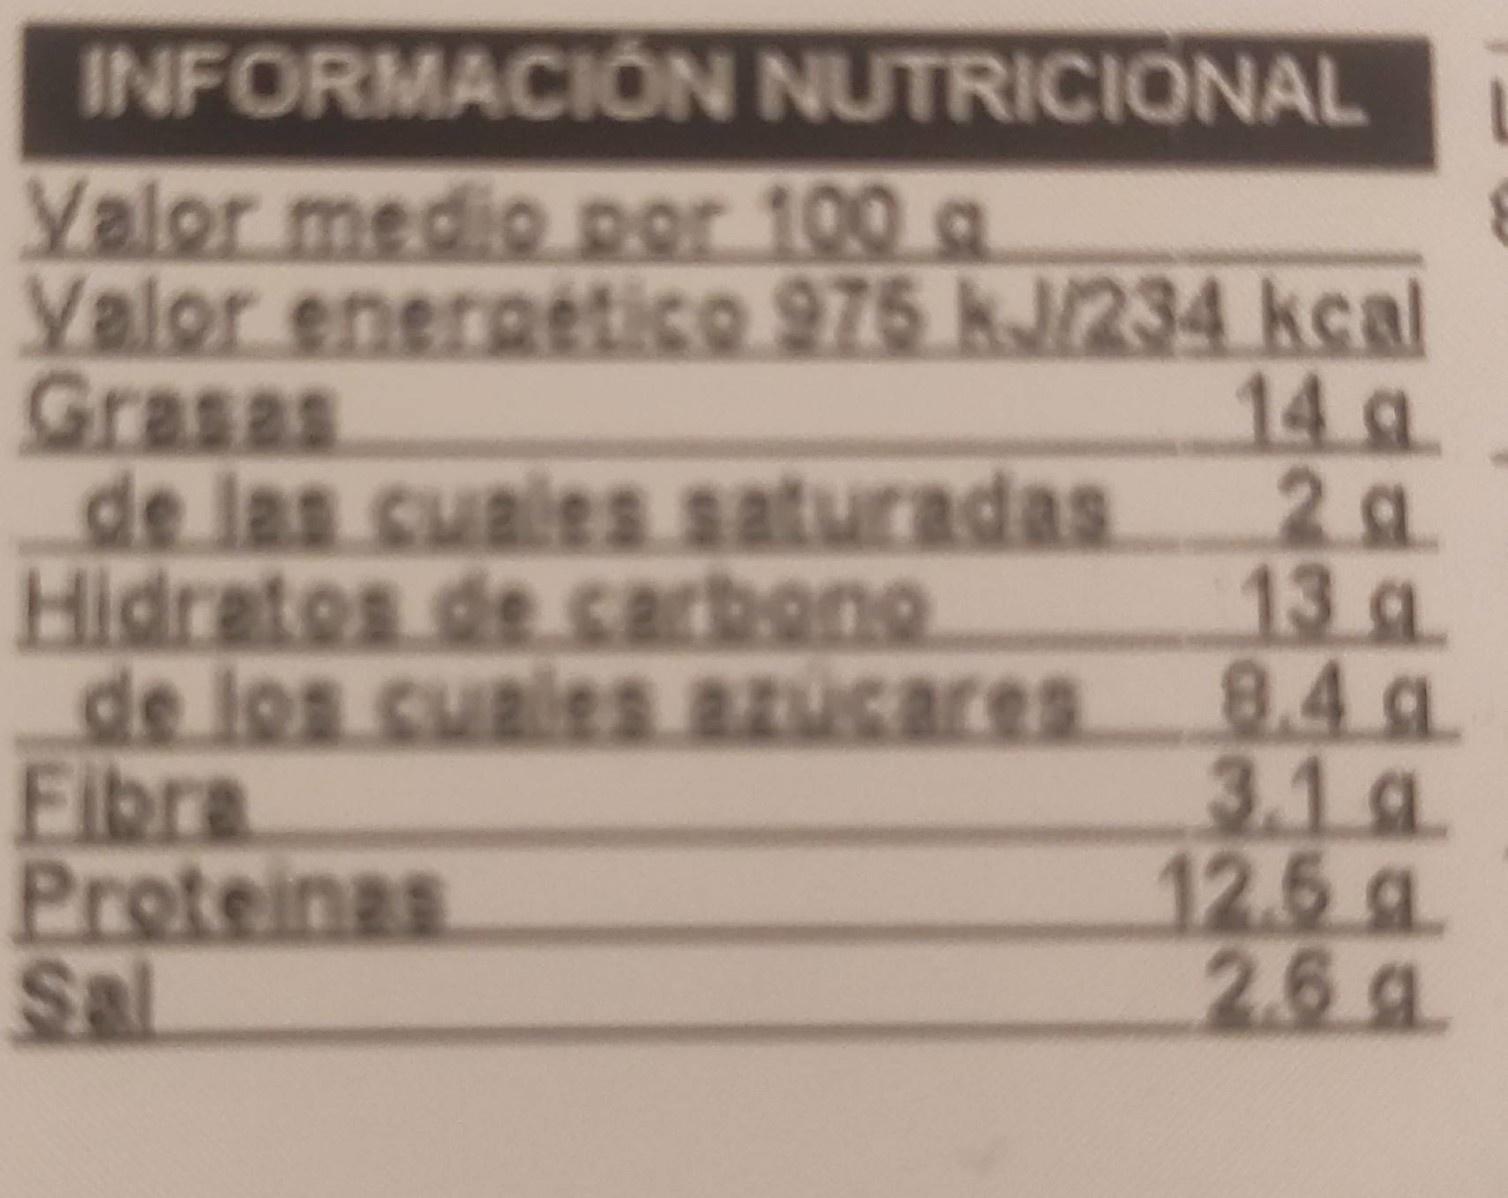
INFORMACIÓN NUTRICIONAL Yalor medio por 100 a Valor energetico 975 kJ/234 kcal Grasas de las cuales saturadas Hidratos de cacbono de los cuales.Azúcares Fibra Proteinas Sal 14 a 2g. 13g 8.4g 3.1g 12.5 g 2.6g